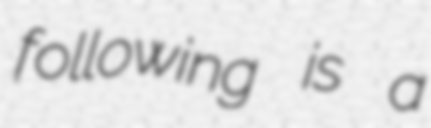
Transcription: following is a